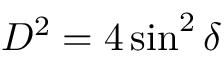
D ^ { 2 } = 4 \sin ^ { 2 } \delta